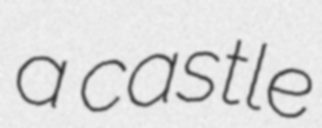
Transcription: a castle